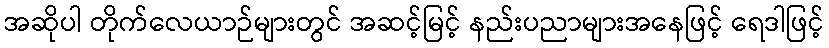
အဆိုပါ တိုက်လေယာဉ်များတွင် အဆင့်မြင့် နည်းပညာများအနေဖြင့် ရေဒါဖြင့်